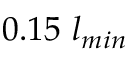
0 . 1 5 ~ l _ { m i n }